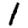
Digit: 1